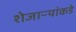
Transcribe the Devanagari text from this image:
शेजाऱ्यांकडे